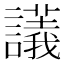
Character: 𧭖